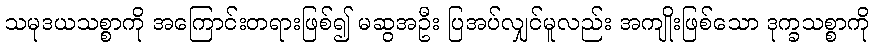
သမုဒယသစ္စာကို အကြောင်းတရားဖြစ်၍ မဆွအဦး ပြအပ်လျှင်မူလည်း အကျိုးဖြစ်သော ဒုက္ခသစ္စာကို